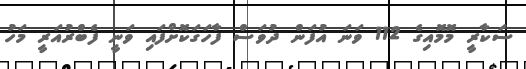
ސަކާރީ މޮމޮއިގެ 112 ވަނަ އުފަން ދުވަސް ފާހަގަކޮށްފައި ވަނީ ފެބްރުއަރީ މަހު